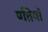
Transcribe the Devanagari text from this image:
पत्तियॉ